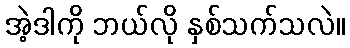
အဲ့ဒါကို ဘယ်လို နှစ်သက်သလဲ။